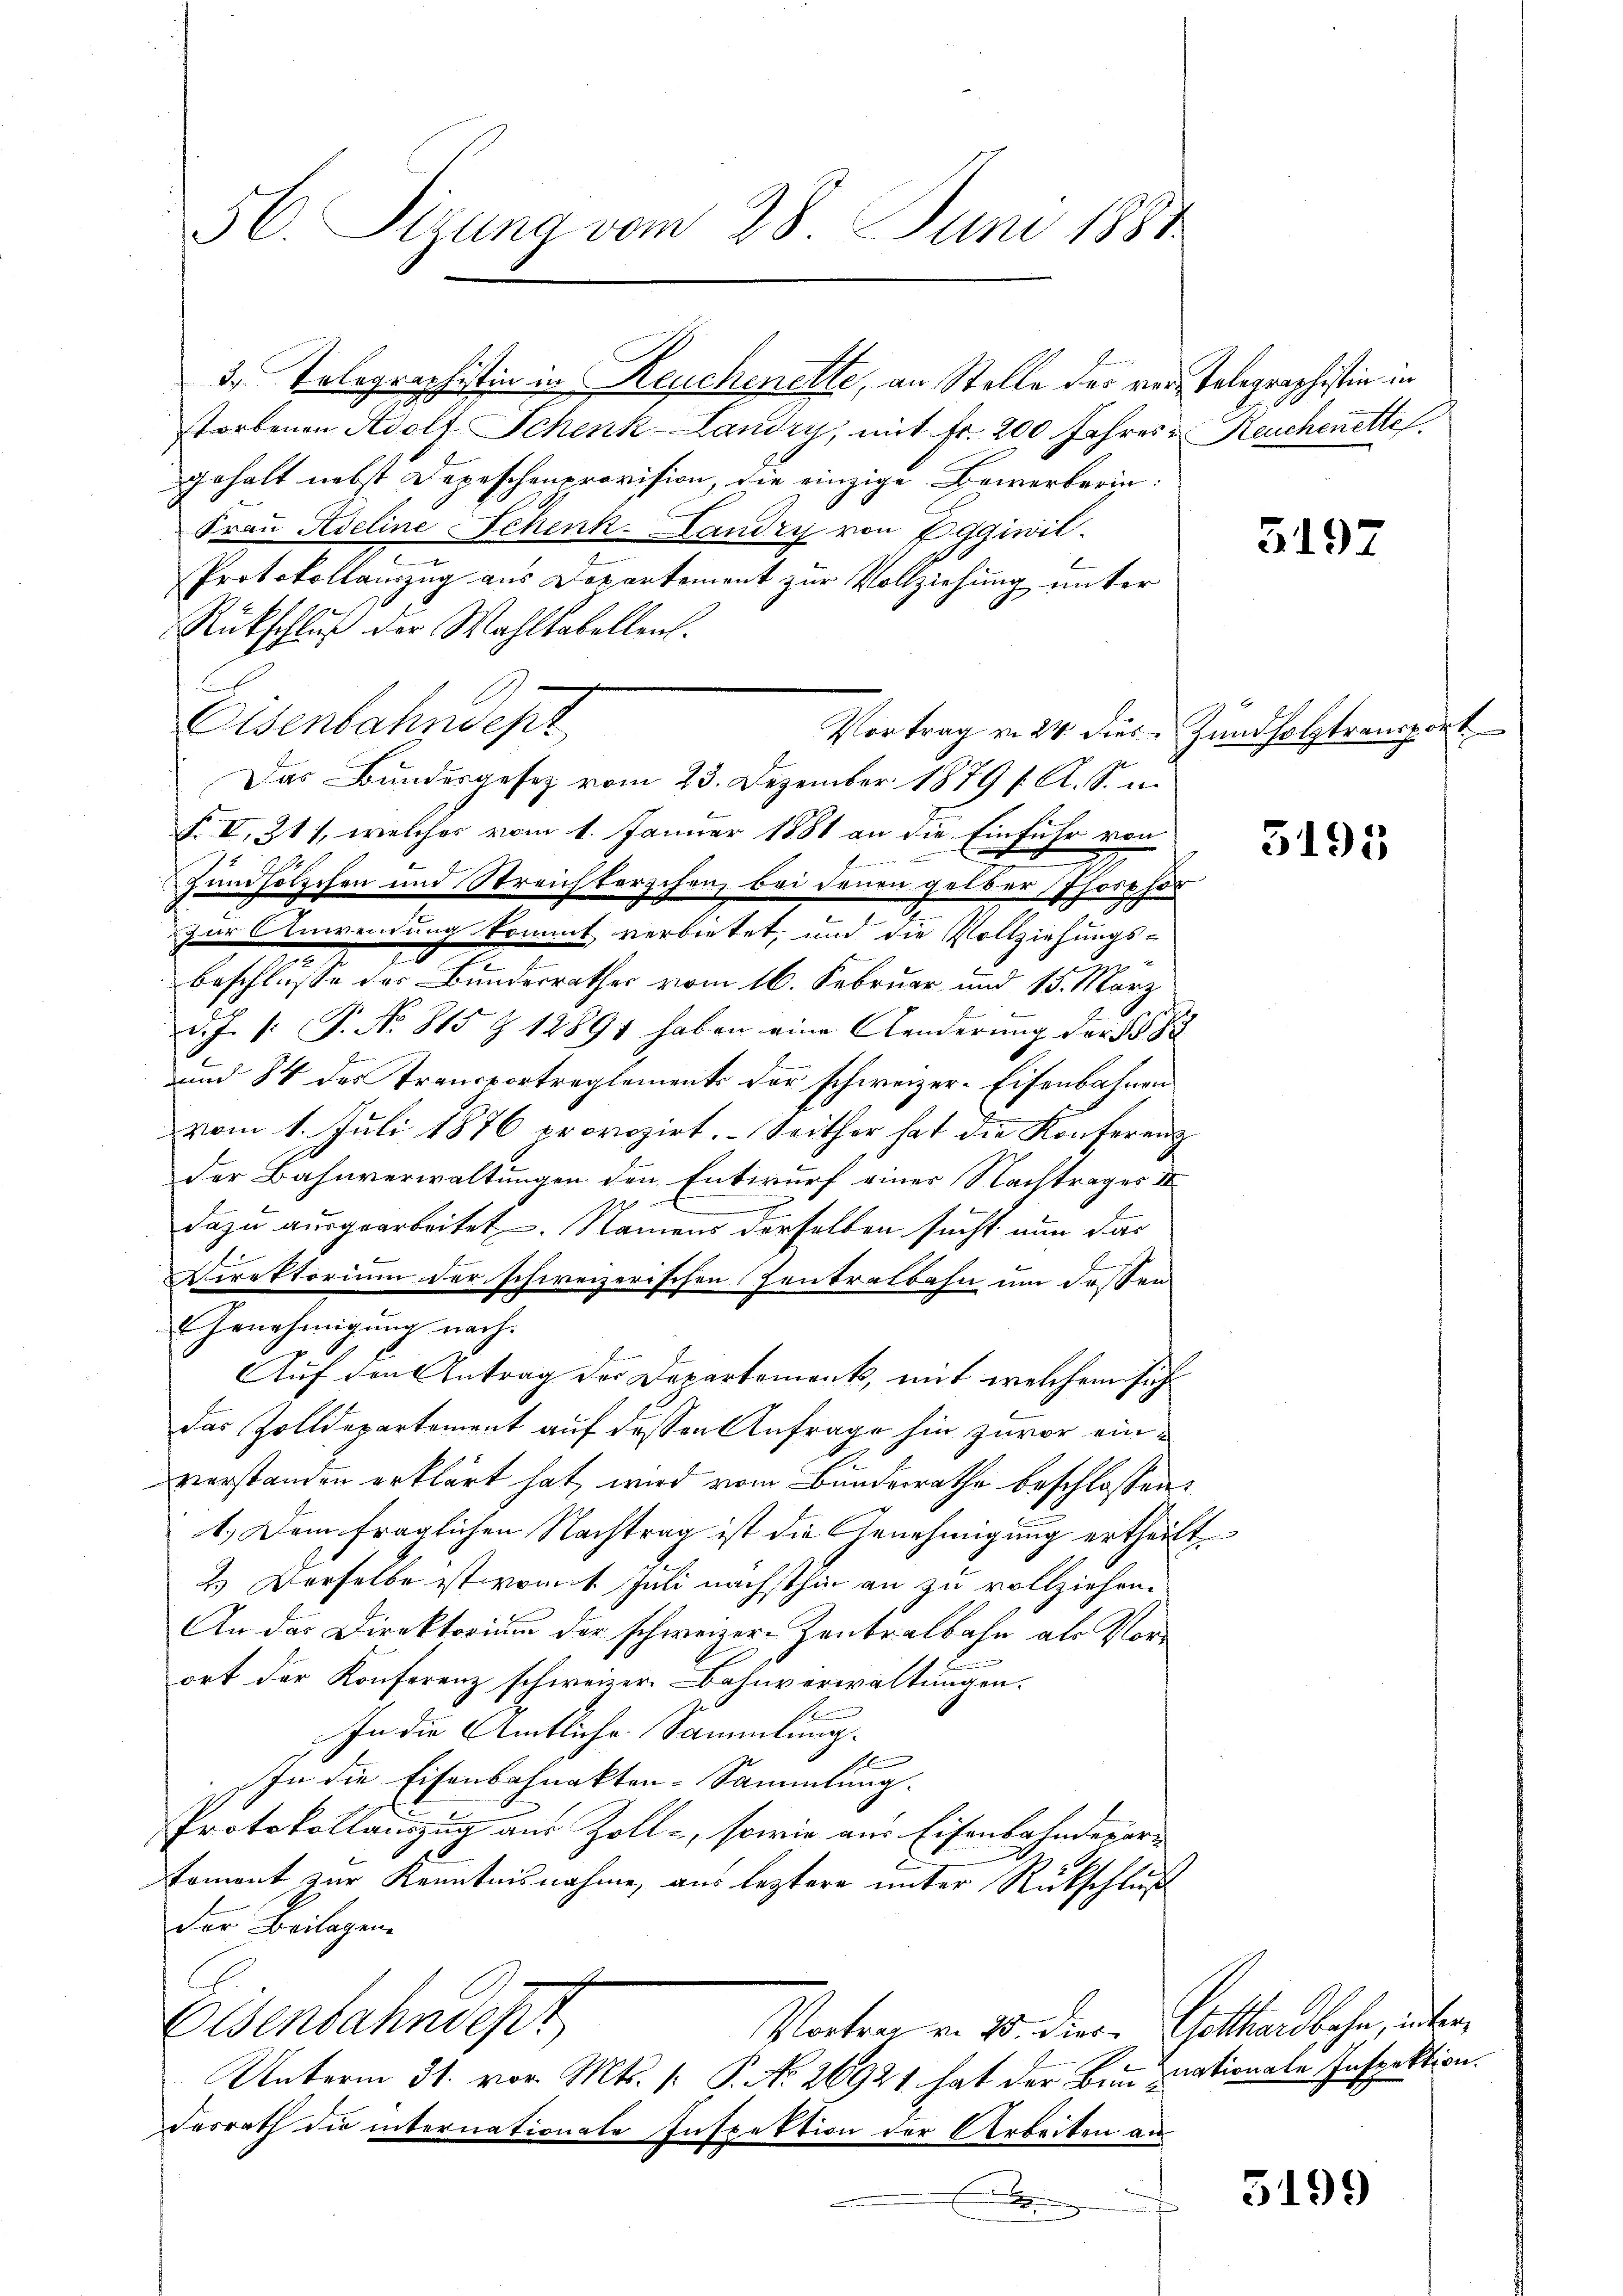
56. Sizung vom 28. Juni 1887

3. Telegraphistin in Reichenette, an Stelle des ver-Telegraphistin in
storbenen Adolf Schenk-Landry, mit Fr. 200 Jahres u Heuchenette.
gehalt nebst Depeschenprovision, die einzige Bewerberin:
Frau Adeline Schenk-Landry von Eggiwil
l
Protokollauszug aus Departement zur Vollziehung unter
Rückschluß der Wahlkabellen.
E
Eisenbahndepr
Vortrag v. 24. dies Zündholztransport
Das Bundesgesetz vom 23. Dezember 1879 f. A. S. m.
F. VI, 311, welches vom 1. Januar 1881 an die Einfuhr von
Zundholzchen und Streichterschen, bei denen gelber Phosphor
zur Anwendung kommt verbietet, und die Vollziehungs-
Beschlüsse der Bundesrathes vom 16. Februar und 15. März
d.J. P. P. No. 815 Z 12891 haben eine Aenderung der
und 84 des Transportreglements der schweizer-Eisenbahnen
vom 1. Juli 1876 provozirt. Seither hat die Konferenz
der Bahnverwaltungen den Entwurf einer Nachtrages II
dazu ausgearbeitet. Namens derselben sucht nun das
Direktorium der schweizerischen Zentralbahn um dessen
Genehmigung nach.
Auf den Antrag der Departement, mit welchem sich
das Zolldepartement auf dessen Anfrage hin zuvor einverstanden erklärt hat, wird vom Bundesrathe beschlossen:
1.) Dem fraglichen Nachtrag ist die Genehmigung ertheilt.
2.) Derselbe ist womit Juli nächsthin an zu vollziehen.
An das Direktorium der schweizer Zentralbahn als Vorort der Konferenz schweizer. Bahnverwaltungen.
In die Amtliche Sammlung.
sl
In die Eisenbahnakten-Sammlung.
Protokollauszug aus Zoll-, sowie aus Eisenbahnderarkoment zur Kenntnisnahme aus leztere unter Rückschluß
der Beilagen
Eisenbahndest
Vortrag von 25. Diese, Gotthardbahn, aber
Unterm 31. vor. Mts. [: P. No 26921 hat der Bunziationale Inspektion.
Dasrath die internationate Inspektion der Arbeiten an

5197

s

5191

3199